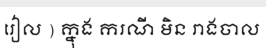
រៀល ) ក្នុង ករណី មិន រាងចាល